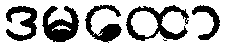
ဒမထော